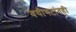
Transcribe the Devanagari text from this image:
वयोगटांतही